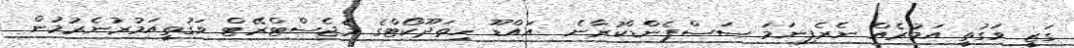
ގަޒީ ވަގުތީ އަމުރެއް ނެރެފިނަމަ ސަސްޕެންޑްކުރާނެ  އައްޑޫ ހިތަދޫކޯޓްގެ މެޖެސްޓްރޭޓް ވަގުތީއަމުރުނެރުމުން